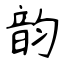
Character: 韵